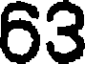
63